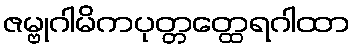
ဇမ္ဗုဂါမိကပုတ္တတ္ထေရဂါထာ